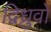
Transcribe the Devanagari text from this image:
द्विध्रुवों